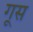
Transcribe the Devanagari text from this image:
गूस